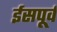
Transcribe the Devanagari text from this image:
ईसपूर्व